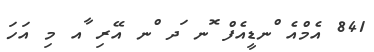
841 އެމްއެ ްނޑީއެފް ޮނ ަދ ްނ އޭރި ާއ މި އަހަ